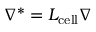
\nabla ^ { * } = L _ { \mathrm { c e l l } } \nabla